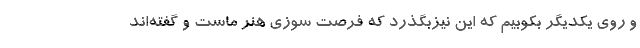
و روی یکدیگر بکوبیم که این نیزبگذرد که فرصت سوزی هنر ماست و گفته‌اند